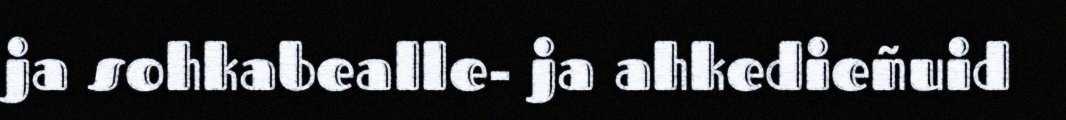
ja sohkabealle- ja ahkedieñuid